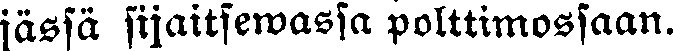
jässä sijaitsewassa polttimossaan.